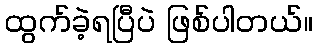
ထွက်ခဲ့ရပြီပဲ ဖြစ်ပါတယ်။